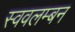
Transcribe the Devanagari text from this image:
स्ववलम्बन